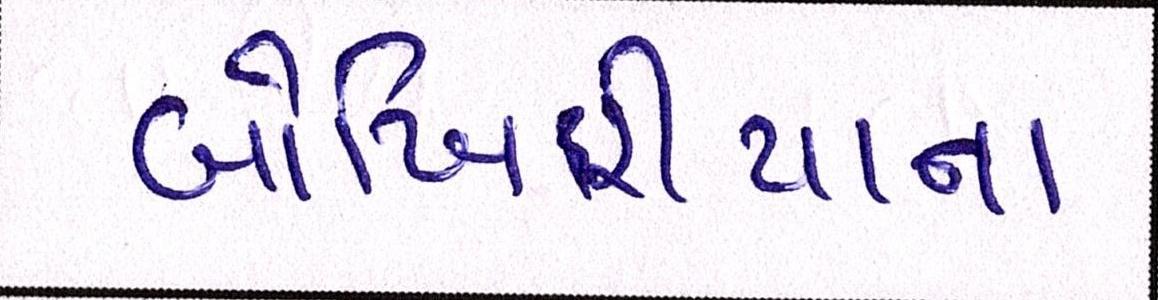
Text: બોખિરીયાના